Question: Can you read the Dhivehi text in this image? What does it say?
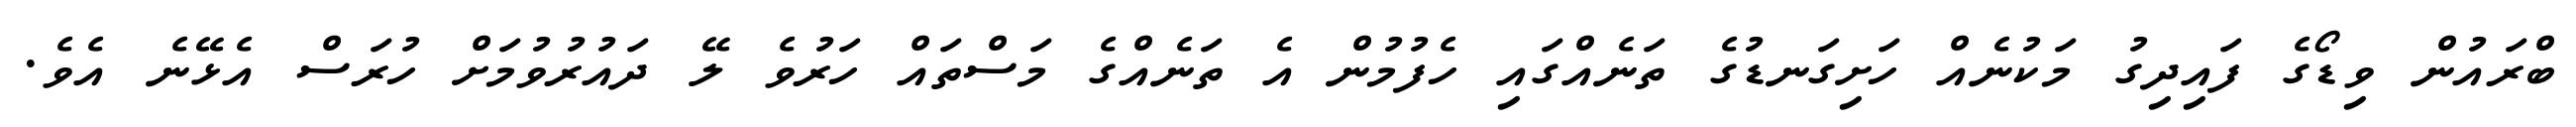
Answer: ބްރައުން ވިޑޯގެ ފައިދިގު މަކުނެއް ހަށިގަނޑުގެ ތަނެއްގައި ހެފުމުން އެ ތަނެއްގެ މަސްތައް ހަރުވެ ލޭ ދައުރުވުމަށް ހުރަސް އެޅޭނެ އެވެ.